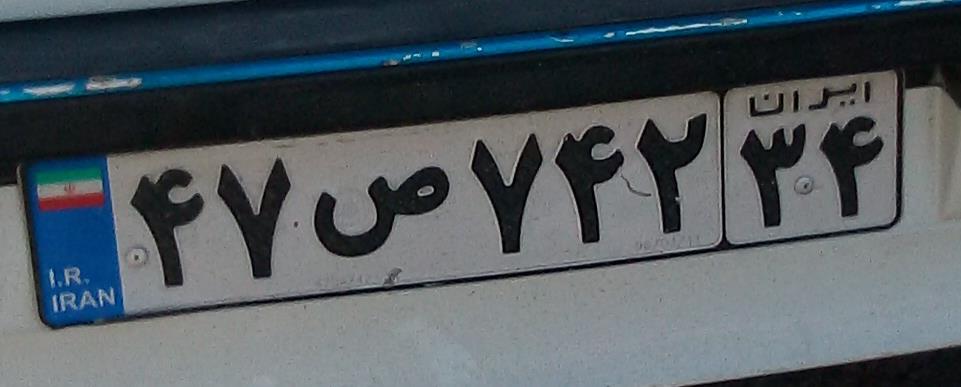
۴۷ص۷۴۲۳۴